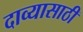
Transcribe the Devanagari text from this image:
दाव्यासाठी